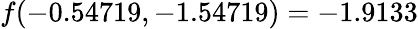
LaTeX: f(-0.54719,-1.54719)=-1.9133